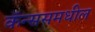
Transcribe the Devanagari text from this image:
कॅन्ससमधील